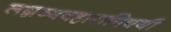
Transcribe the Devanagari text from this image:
लग्नव्यवहाराविषयी